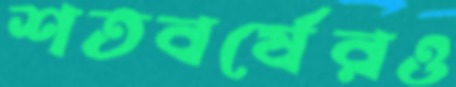
শতবর্ষেরও